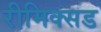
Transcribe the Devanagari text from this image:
रीमिक्सड